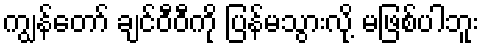
ကျွန်တော် ချင်ဝီဝီကို ပြန်မသွားလို့ မဖြစ်ပါဘူး